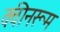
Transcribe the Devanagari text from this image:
क्वीनरूम